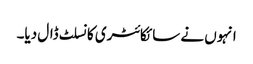
انہوں‌ نے سائکائٹری کانسلٹ ڈال دیا۔